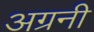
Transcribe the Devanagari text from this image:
अग्रनी